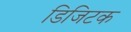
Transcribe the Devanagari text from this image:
डिजिटक